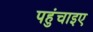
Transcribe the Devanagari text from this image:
पहुंचाइए